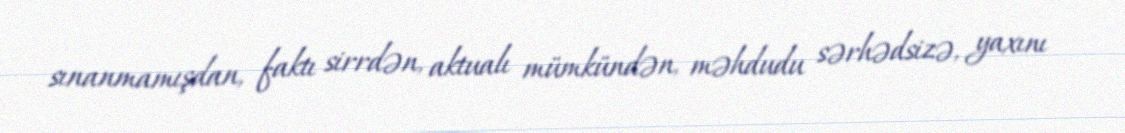
sınanmamışdan, faktı sirrdən, aktualı mümkündən, məhdudu sərhədsizə, yaxını